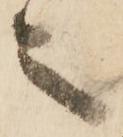
之